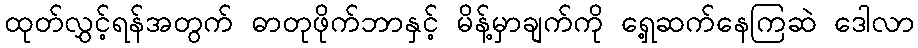
ထုတ်လွှင့်ရန်အတွက် ဓာတုဖိုက်ဘာနှင့် မိန့်မှာချက်ကို ရှေ့ဆက်နေကြဆဲ ဒေါလာ